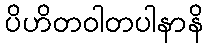
ပိဟိတဝါတပါနာနိ